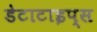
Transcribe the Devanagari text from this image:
डेटाटाइप्स